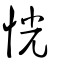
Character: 恍